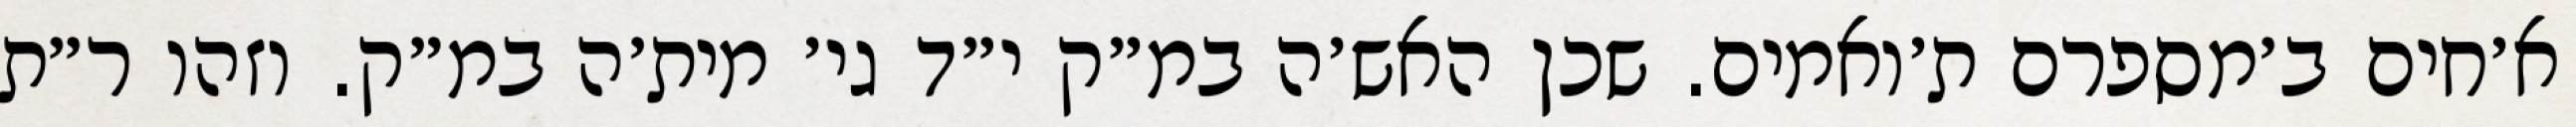
א׳חים ב׳מספרם ת׳ואמים. שכן האש׳ה במ״ק י״ד גי׳ מית׳ה במ״ק. וזהו ר״ת